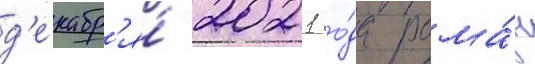
д'екабр'я́ 2021 го́да рома́н